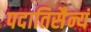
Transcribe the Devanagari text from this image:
पदातिसैन्यं